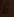
Text: 6